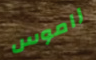
راموس